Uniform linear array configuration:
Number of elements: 48
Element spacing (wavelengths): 0.25
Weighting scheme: uniform
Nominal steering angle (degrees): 15
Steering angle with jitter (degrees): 16.683
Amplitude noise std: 0.05
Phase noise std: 0.05

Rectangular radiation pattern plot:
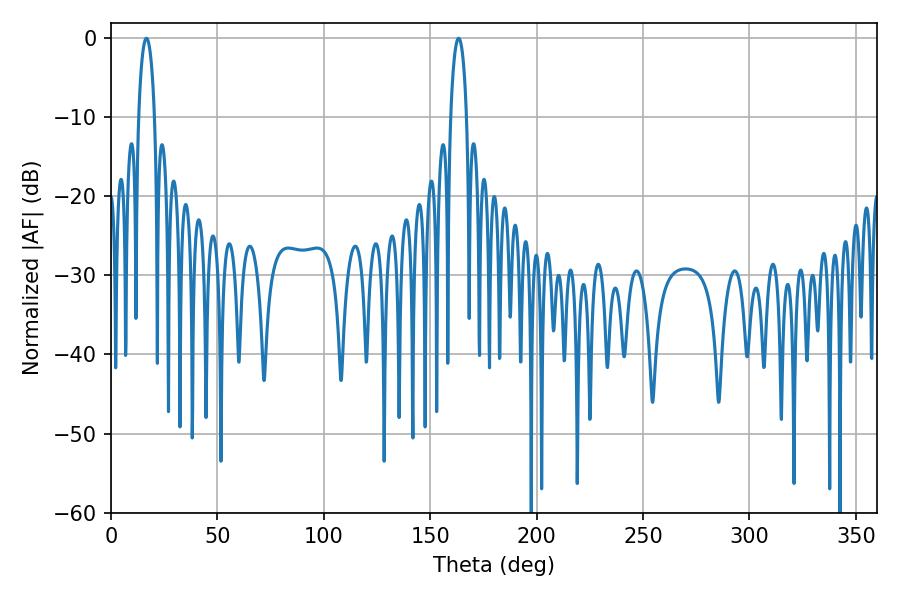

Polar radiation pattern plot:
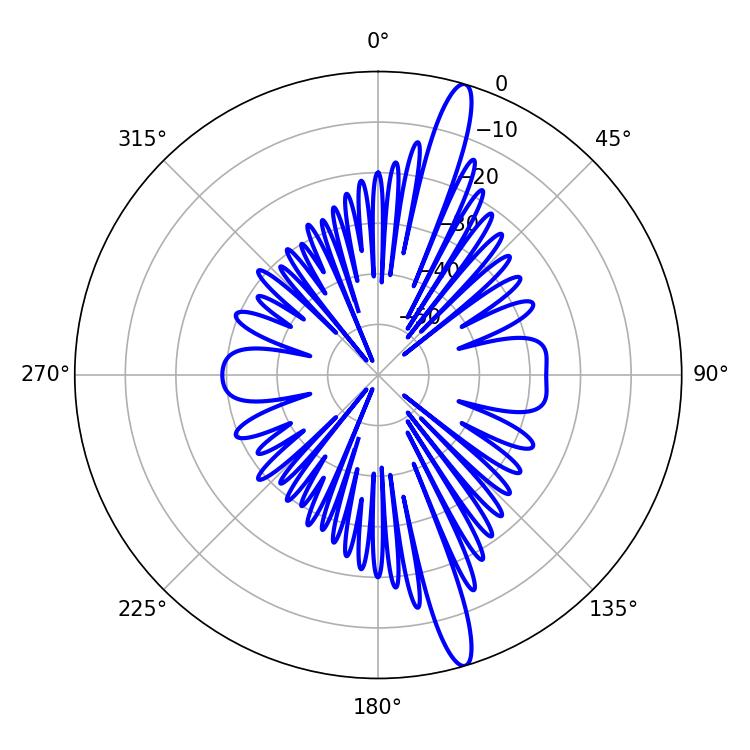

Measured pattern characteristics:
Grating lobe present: FALSE
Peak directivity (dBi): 16.032
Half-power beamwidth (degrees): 4.14
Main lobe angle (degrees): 16.74